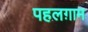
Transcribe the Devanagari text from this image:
पहलग़ाम